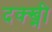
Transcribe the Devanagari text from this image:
दक्ख्नी